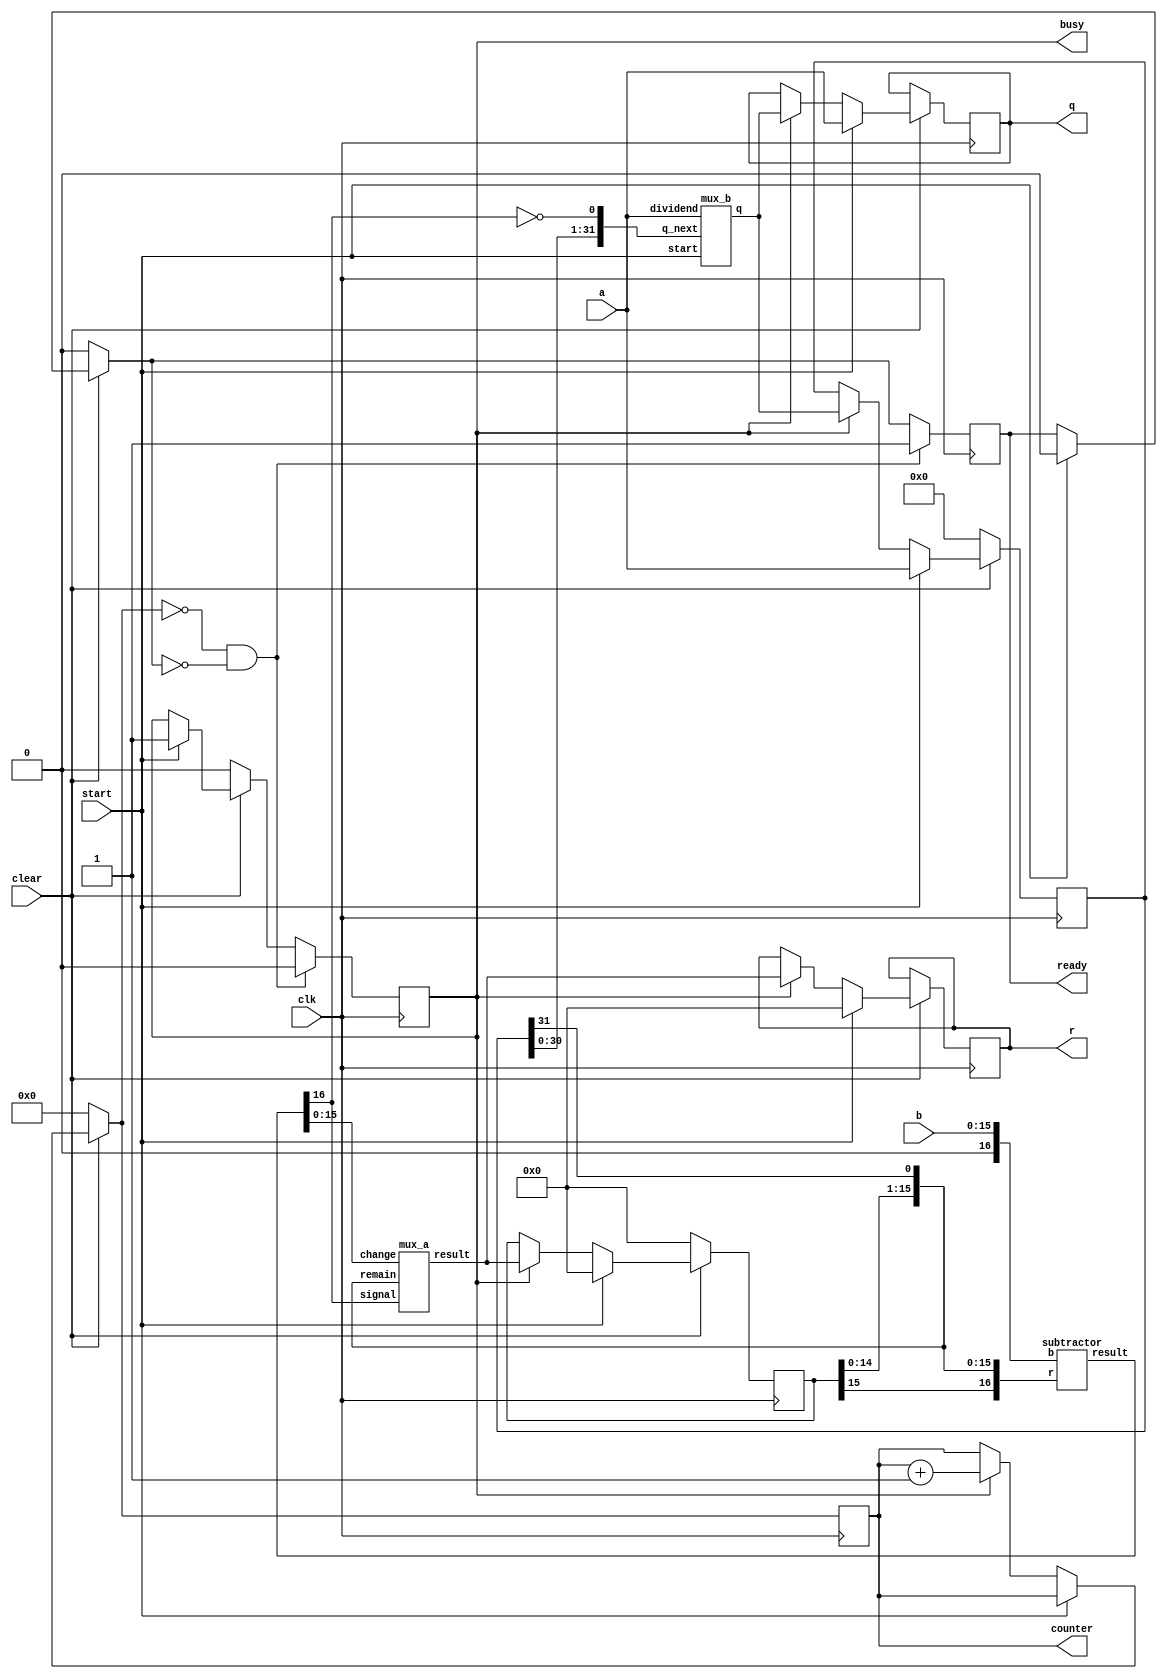
`timescale 1ns / 1ps
//////////////////////////////////////////////////////////////////////////////////
// Company: 
// Engineer: 
// 
// Design Name: 
// Module Name: divider
// Project Name: 
// Target Devices: 
// Tool Versions: 
// Description: 
// 
// Dependencies: 
// 
// Revision:
// Revision 0.01 - File Created
// Additional Comments:
// 
//////////////////////////////////////////////////////////////////////////////////


module divider(
   input clk,
   input clear,
   input [31:0] a,
   input [15:0] b,
   input start,
 
   output reg [31:0]q,
   output reg [15:0]r,
   output reg ready,
   output reg busy,
   output reg [4:0] counter
);
 
   reg [16:0] result;
   reg [15:0] reg_r;
   reg [31:0] reg_q;
   
   wire[31:0] wire_q;
   wire[15:0] wire_r;
   wire[16:0] wire_result;
   
   subtractor sub(
       .r({reg_r, reg_q[31]}),
       .b({1'b0, b[15:0]}),
       .result(wire_result)
   );
   
   mux_a muxa(
       .remain({reg_r[14:0], reg_q[31]}),
       .change(wire_result[15:0]),
       .signal(wire_result[16]),
       .result(wire_r)
   );
 
   mux_b muxb(
       .dividend(a),
       .q_next({reg_q[30:0], ~wire_result[16]}),
       .start(start),
       .q(wire_q)
   );
 
always @(posedge clk) begin
 
   //if clear = 0: set evrything to zero (q,r,busy, counter, ready)
   
      
   if (clear == 0) begin
       reg_r = 0;
       reg_q = 0;
       busy = 0;
       counter = 0;
       ready = 0;  
   end
 
   //if start = 1: start division
   // set q = a and r = 0
   // set busy to 1
   else if (start == 1) begin
       reg_q = a;
       q = a;
       reg_r = 0;
       r = 0;
       ready <= 0;
       busy = 1;
   end   
 
   //if busy = 1: keep dividing
   //increment counter
   //check if counter is higher than 32
   //if so then divsion is done and set busy to 0 and clear to 0
   // set ready to 1

   else if(busy == 1) begin
       counter = counter + 1;
       reg_q = wire_q;
       q = wire_q;
       reg_r = wire_r;
       r = wire_r;
       result = wire_result;
   end
   
   //End division if counter reaches 0
   if(counter == 0 && ready == 0) begin
       busy = 0;
       ready = 1;
   end
end 
endmodule
 
// CREATE MODULE THAT DOES THIS:
   //result[16:0] = ({r[15:0], q[31]} - {1'b0, b[15:0]})

module subtractor (
   input [16:0] r,
   input [16:0] b,
   output reg [16:0] result
);
always @(*) begin
    result = r - b;
end
endmodule
 
// CREATE MODULE THAT DOES THIS:
   //check MSB of subtractor and
   // if == 1: r = {r[14:0], q[31]}
   // if == 0: r = result of subtractor without MSB. (result[15:0])
 
module mux_a (
   input [15:0] remain,
   input [15:0] change,
   input signal,
   output reg [15:0] result
);
always @(*) begin
   if(signal == 0) begin
       result = change;
   end
 
   else begin
       result = remain;
   end
end
endmodule
// CREATE A MODULE THAT DOES THIS:
   // intially, set q to a
   //q[31:0] <= a[31:0]
   //After each subtraction take MSB of result and set to LSB of q
   // q = {q[30:0], result[16]}
module mux_b(
   input [31:0] dividend,
   input [31:0] q_next,
   input start,
   output reg [31:0] q
);


always @* begin
   case(start)
       1'b1: q <= dividend;
       1'b0: q <= q_next;
   endcase
end
endmodule